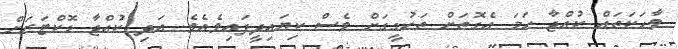
ވާހަކަތައް ކުއްޖާ ހަމަ އެގޮތަށް ތަހުގީގަށް ވެސް ކިޔައިދީފައިވެއެވެ. އަދި ކުއްޖާ ޑޮކްޓަރަށް